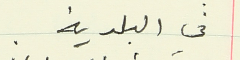
في البلدية .